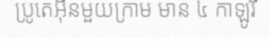
ប្រូតេអ៊ីនមួយក្រាម មាន ៤ កាឡូរី